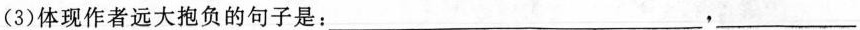
(3)体现作者远大抱负的句子是：___，___